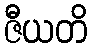
ဇီယတိ